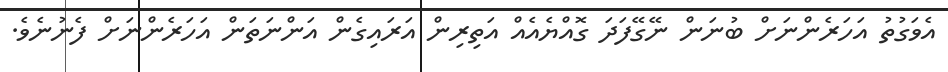
އެވަގުތު އަހަރެންނަށް ބުނަން ނޭގޭފަދަ ގޮއްޔެއެއް އަތިރިން އަރައިގެން އަންނަތަން އަހަރެންނަށް ފެނުނެވެ.